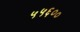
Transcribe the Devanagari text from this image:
५५६००